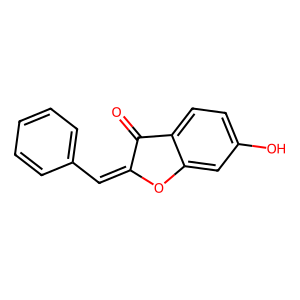
SMILES: O=C1C(=Cc2ccccc2)Oc2cc(O)ccc21
Inhibits HIV replication: No